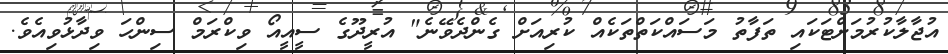
އުޖާލާކުރުމަށްޓަކައި ތަފާތު މަސައްކަތްތަކެއް ކުރިއަށް ގެންދެވޭނެ" އުރީދޫގެ ސީއީއޯ ވިކްރަމް ސިންހަ ވިދާޅުވިއެވެ.